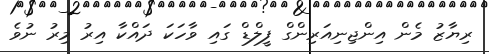
ރިޔާޒު މެން އިންޖިނިއަރިންގް ފީލްޑް ގައި ވާހަކަ ދައްކާ އިރު މިރު ނުވެ